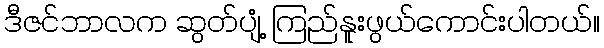
ဒီဇင်ဘာလက ဆွတ်ပျံ့ ကြည်နူးဖွယ်ကောင်းပါတယ်။